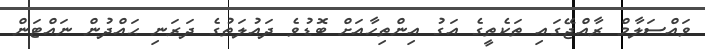
ވައްސަލާމް ރާއްޖޭގައި ތަކެތީގެ އަގު އިންތިހާއަށް ބޮޑުވެ ދައުލަތުގެ ދަރަނި ޙައްދުން ނައްޓަން